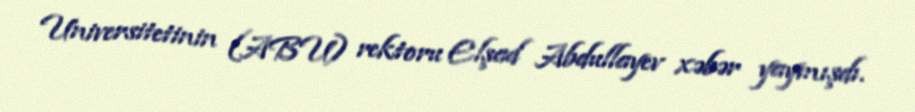
Universitetinin (ABU) rektoru Elşad Abdullayev xəbər yaymışdı.